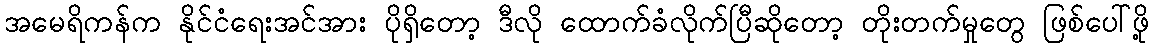
အမေရိကန်က နိုင်ငံရေးအင်အား ပိုရှိတော့ ဒီလို ထောက်ခံလိုက်ပြီဆိုတော့ တိုးတက်မှုတွေ ဖြစ်ပေါ်ဖို့